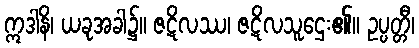
ဣဒါနိ၊ ယခုအခါ၌။ ဇဋိလဿ၊ ဇဋိလသူဌေး၏။ ဥပ္ပတ္တီ၊